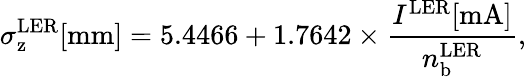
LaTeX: \sigma_{\mathrm{z}}^{\mathrm{LER}}[\mathrm{mm}]=5.4466+1.7642\times\frac{I^{\mathrm{LER}}[\mathrm{mA}]}{n_{\mathrm{b}}^{\mathrm{LER}}},